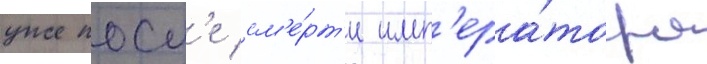
уже посл'е см'е́рт'и имп'ера́тора